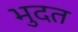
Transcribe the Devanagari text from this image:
भुदत